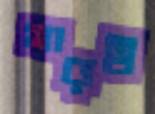
গাঢ়ত্ব